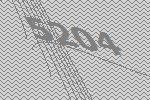
5204